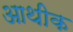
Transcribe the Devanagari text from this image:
आथीक